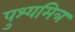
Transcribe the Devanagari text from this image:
पुश्यमित्र